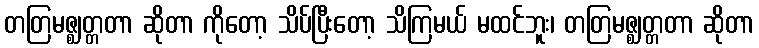
တတြမဇ္ဈတ္တတာ ဆိုတာ ကိုတော့ သိပ်ပြီးတော့ သိကြမယ် မထင်ဘူး၊ တတြမဇ္ဈတ္တတာ ဆိုတာ